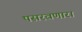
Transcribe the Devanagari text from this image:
पसरवणारा